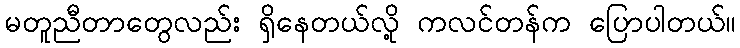
မတူညီတာတွေလည်း ရှိနေတယ်လို့ ကလင်တန်က ပြောပါတယ်။